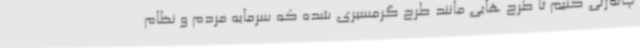
چانه‌زنی کنیم تا طرح هایی مانند طرح گرمسیری شده که سرمایه مردم و نظام